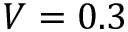
V = 0 . 3